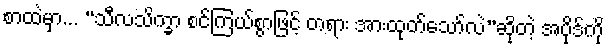
စာထဲမှာ... “သီလသိက္ခာ စင်ကြယ်စွာဖြင့် တရား အားထုတ်သော်လဲ”ဆိုတဲ့ အပိုဒ်ကို